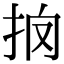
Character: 𢪼